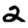
Digit: 2